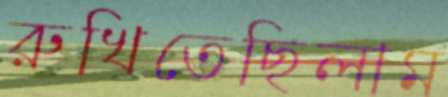
রুখিতেছিলাম